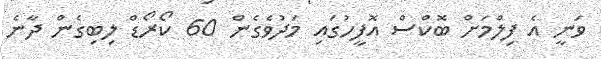
ވަނީ އެ ފިލްމަށް ބޮކްސް އޮފީހުގައި މަދުވެގެން 60 ކޯރޯޑް ލިބިގެން ދާނެ